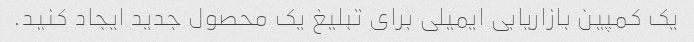
یک کمپین بازاریابی ایمیلی برای تبلیغ یک محصول جدید ایجاد کنید.